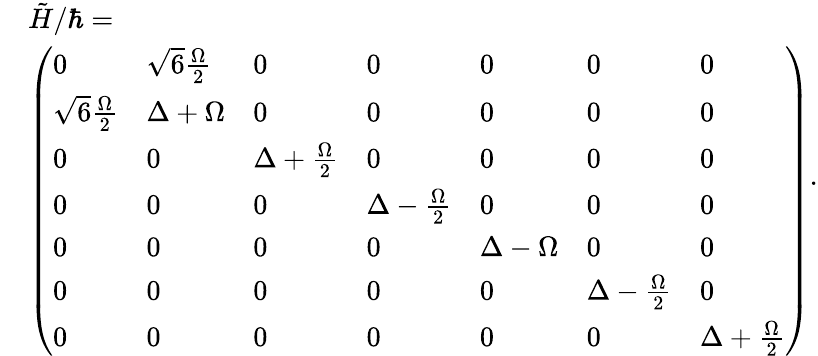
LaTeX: \begin{array}{rl}&{\tilde{H}/\hbar=}\\ &{\left(\begin{array}{lllllll}{0}&{\sqrt{6}\frac{\Omega}{2}}&{0}&{0}&{0}&{0}&{0}\\ {\sqrt{6}\frac{\Omega}{2}}&{\Delta+\Omega}&{0}&{0}&{0}&{0}&{0}\\ {0}&{0}&{\Delta+\frac{\Omega}{2}}&{0}&{0}&{0}&{0}\\ {0}&{0}&{0}&{\Delta-\frac{\Omega}{2}}&{0}&{0}&{0}\\ {0}&{0}&{0}&{0}&{\Delta-\Omega}&{0}&{0}\\ {0}&{0}&{0}&{0}&{0}&{\Delta-\frac{\Omega}{2}}&{0}\\ {0}&{0}&{0}&{0}&{0}&{0}&{\Delta+\frac{\Omega}{2}}\end{array}\right)}\end{array}.